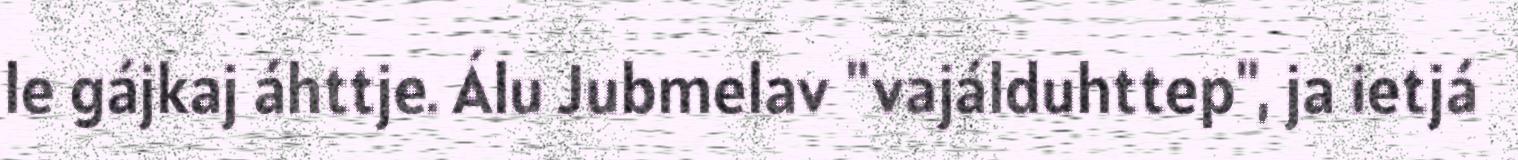
le gájkaj áhttje. Álu Jubmelav "vajálduhttep", ja ietjá